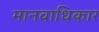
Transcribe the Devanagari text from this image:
मानवाधिकार